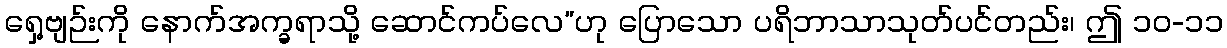
ရှေ့ဗျဉ်းကို နောက်အက္ခရာသို့ ဆောင်ကပ်လေ”ဟု ပြောသော ပရိဘာသာသုတ်ပင်တည်း၊ ဤ ၁၀-၁၁